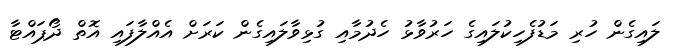
ލައިގެން ހުރި މަޑުފެހިކުލައިގެ ހަރުވާޅު ހެދުމާއި ގުޅިވާލައިގެން ކަރަށް އެއްލާފައި އޮތް ދޯޕައްޓާ